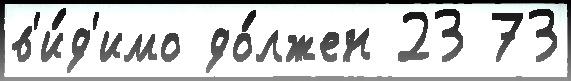
в'и́д'имо до́лжен 23 73